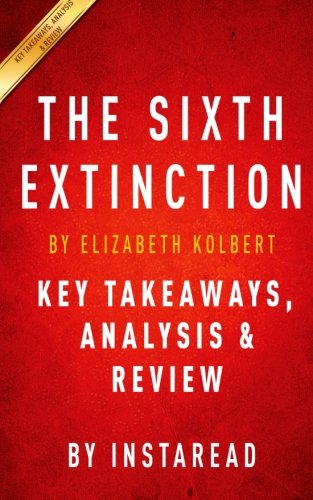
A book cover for The Sixth Extinction: by Elizabeth Kolbert | Key Takeaways, Analysis & Review: An Unnatural History; Instaread; Science & Math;